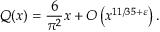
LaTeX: Q ( x ) = { \frac { 6 } { \pi ^ { 2 } } } x + O \left( x ^ { 1 1 / 3 5 + \varepsilon } \right) .